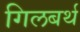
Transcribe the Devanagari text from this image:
गिलबर्थ